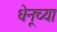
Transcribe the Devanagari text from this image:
धेनूच्या